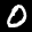
Label: 0